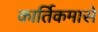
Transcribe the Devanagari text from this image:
कार्तिकमासे